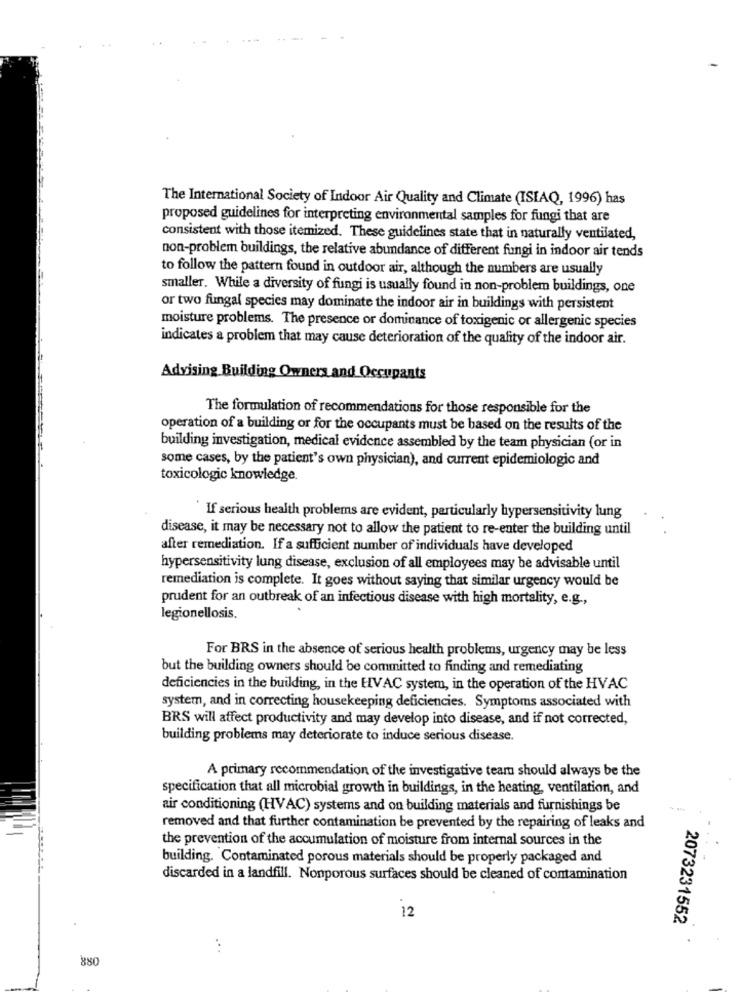
The International Society of Indoor Air Quality and Climate (ISIAQ, 1996) has
proposed guidelines for interpreting environmental samples for fungi that are
consistent with those itemized. These guidelines state that in naturally ventilated,
non-problem buildings, the relative abundance of different fungi in indoor air tends
to follow the pattern found in outdoor air, although the numbers are usually
smaller. While a diversity of fungi is usually found in non-problem buildings, one
or two fungal species may dominate the indoor air in buildings with persistent
moisture problems. The presence or dominance of toxigenic or allergenic species
indicates a problem that may cause deterioration of the quality of the indoor air.
Advising Building Owners and Occupants
The formulation of recommendations for those responsible for the
operation of a building or for the occupants must be based on the results of the
building investigation, medical evidence assembled by the team physician (or in
some cases, by the patient's own physician), and current epidemiologic and
toxicologic knowledge.
If serious health problems are evident, particularly hypersensitivity lung
disease, it may be necessary not to allow the patient to re-enter the building until
after remediation. If a sufficient number of individuals have developed
hypersensitivity lung disease, exclusion of all employees may be advisable until
remediation is complete. It goes without saying that similar urgency would be
prudent for an outbreak of an infectious disease with high mortality, e.g .,
legionellosis.
For BRS in the absence of serious health problems, urgency may be less
but the building owners should be committed to finding and remediating
deficiencies in the building, in the HVAC system, in the operation of the HVAC
system, and in correcting housekeeping deficiencies. Symptoms associated with
BRS will affect productivity and may develop into disease, and if not corrected,
building problems may deteriorate to induce serious disease.
A primary recommendation of the investigative team should always be the
specification that all microbial growth in buildings, in the heating, ventilation, and
air conditioning (HVAC) systems and on building materials and furnishings be
removed and that further contamination be prevented by the repairing of leaks and
the prevention of the accumulation of moisture from internal sources in the
building. Contaminated porous materials should be properly packaged and
discarded in a landfill. Nonporous surfaces should be cleaned of contamination
12
2073231552
...
880
. .